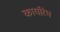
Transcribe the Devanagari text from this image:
कार्यारंम